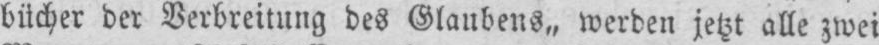
bücher der Verbreitung des Glaubens„ werden jetzt alle zwei